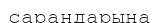
сарандарына